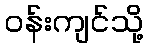
ဝန်းကျင်သို့